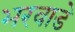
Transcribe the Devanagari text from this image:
भरवाडे